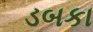
ડબકા